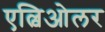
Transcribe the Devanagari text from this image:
एल्विओलर